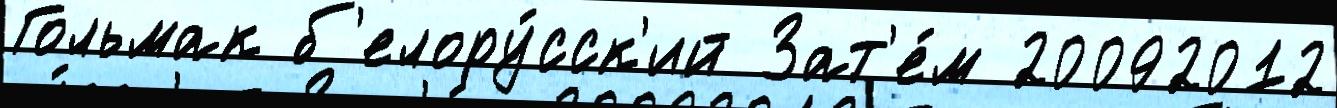
Гольмак б'елору́сск'ий Зат'е́м 20092012